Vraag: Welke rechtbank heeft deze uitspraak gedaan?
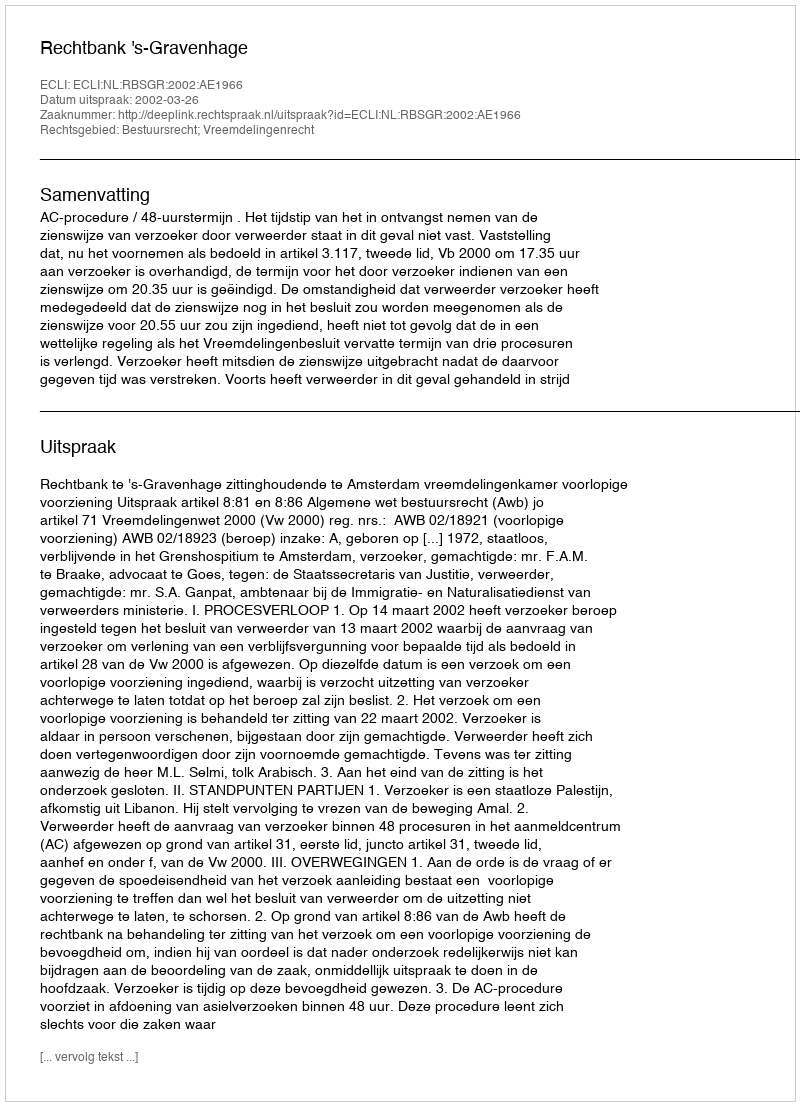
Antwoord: Rechtbank 's-Gravenhage